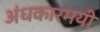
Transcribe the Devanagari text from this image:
अंधकारमयी